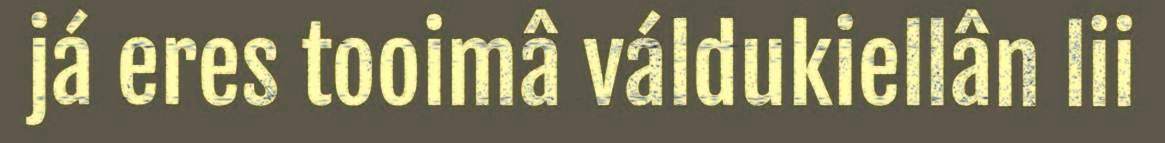
já eres tooimâ váldukiellân lii